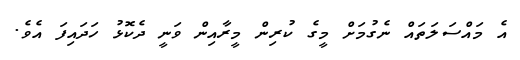
އެ މައްސަލަތައް ނެގުމަށް މީގެ ކުރިން މީރާއިން ވަނީ ދެކޮޅު ހަދައިފަ އެވެ.